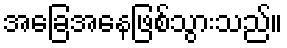
အခြေအနေဖြစ်သွားသည်။